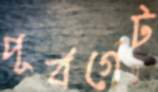
পূর্বগেট